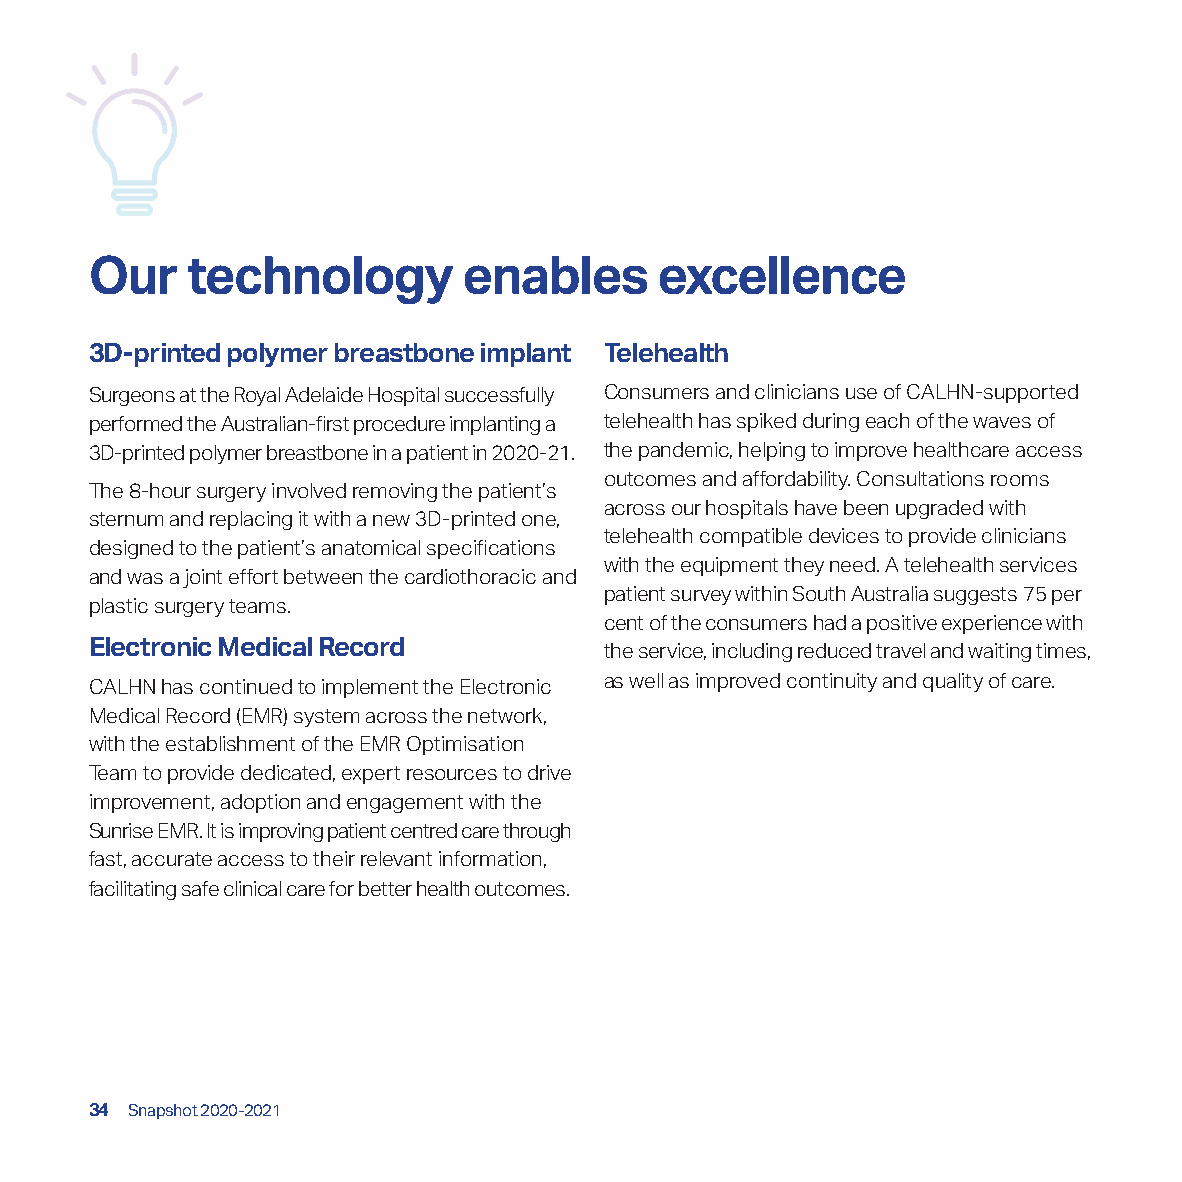
Our   technology         enables     excellence
 3D-printed polymer breastbone implant Telehealth
 Surgeons at the Royal Adelaide Hospital successfully Consumers and clinicians use of CALHN-supported
 performed the Australian-first procedure implanting a telehealth has spiked during each of the waves of
 3D-printed polymer breastbone in a patient in 2020-21. the pandemic, helping to improve healthcare access
 outcomes and affordability. Consultations rooms
 The 8-hour surgery involved removing the patient’s
 across our hospitals have been upgraded with
 sternum and replacing it with a new 3D-printed one,
 telehealth compatible devices to provide clinicians
 designed to the patient’s anatomical specifications
 with the equipment they need. A telehealth services
 and was a joint effort between the cardiothoracic and
 patient survey within South Australia suggests 75 per
 plastic surgery teams.
 cent of the consumers had a positive experience with
 Electronic Medical Record         the service, including reduced travel and waiting times,
 CALHN has continued to implement the Electronic as well as improved continuity and quality of care.
 Medical Record (EMR) system across the network,
 with the establishment of the EMR Optimisation
 Team to provide dedicated, expert resources to drive
 improvement, adoption and engagement with the
 Sunrise EMR. It is improving patient centred care through
 fast, accurate access to their relevant information,
 facilitating safe clinical care for better health outcomes.
 34 Snapshot 2020-2021